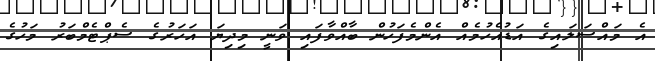
އެ މައްސަލައިގެ އަޑުއެހުމެއް އެންމެފަހުން ބާއްވާފައި ވަނީ މިދިޔަ އަހަރުގެ ސެޕްޓެމްބަރު މަހުގެ